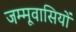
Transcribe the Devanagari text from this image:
जम्मूवासियों